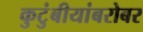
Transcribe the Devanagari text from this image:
कुटुंबीयांबरोबर